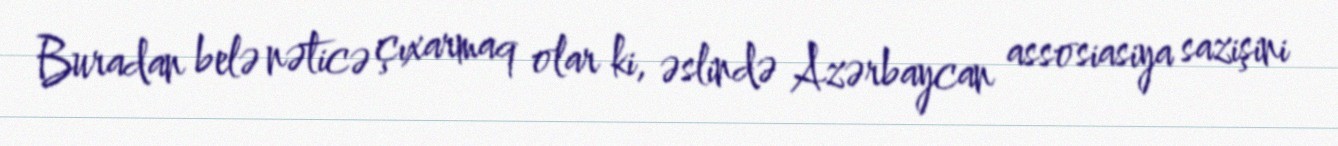
Buradan belə nəticə çıxarmaq olar ki, əslində Azərbaycan assosiasiya sazişini